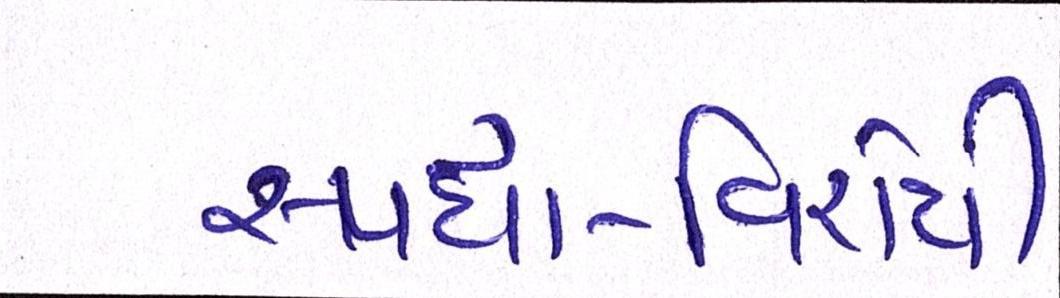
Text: સ્પર્ધા-વિરોધી